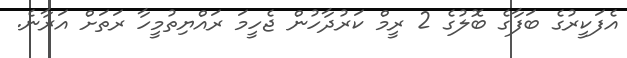
އެފަކީރުގެ ބަފާގެ ބޮލުގެ 2 ރީމް ކަރުދާހުން ޖެހީމަ ރައްޔިތުމީހާ ރަތަށް އަރާނެ.